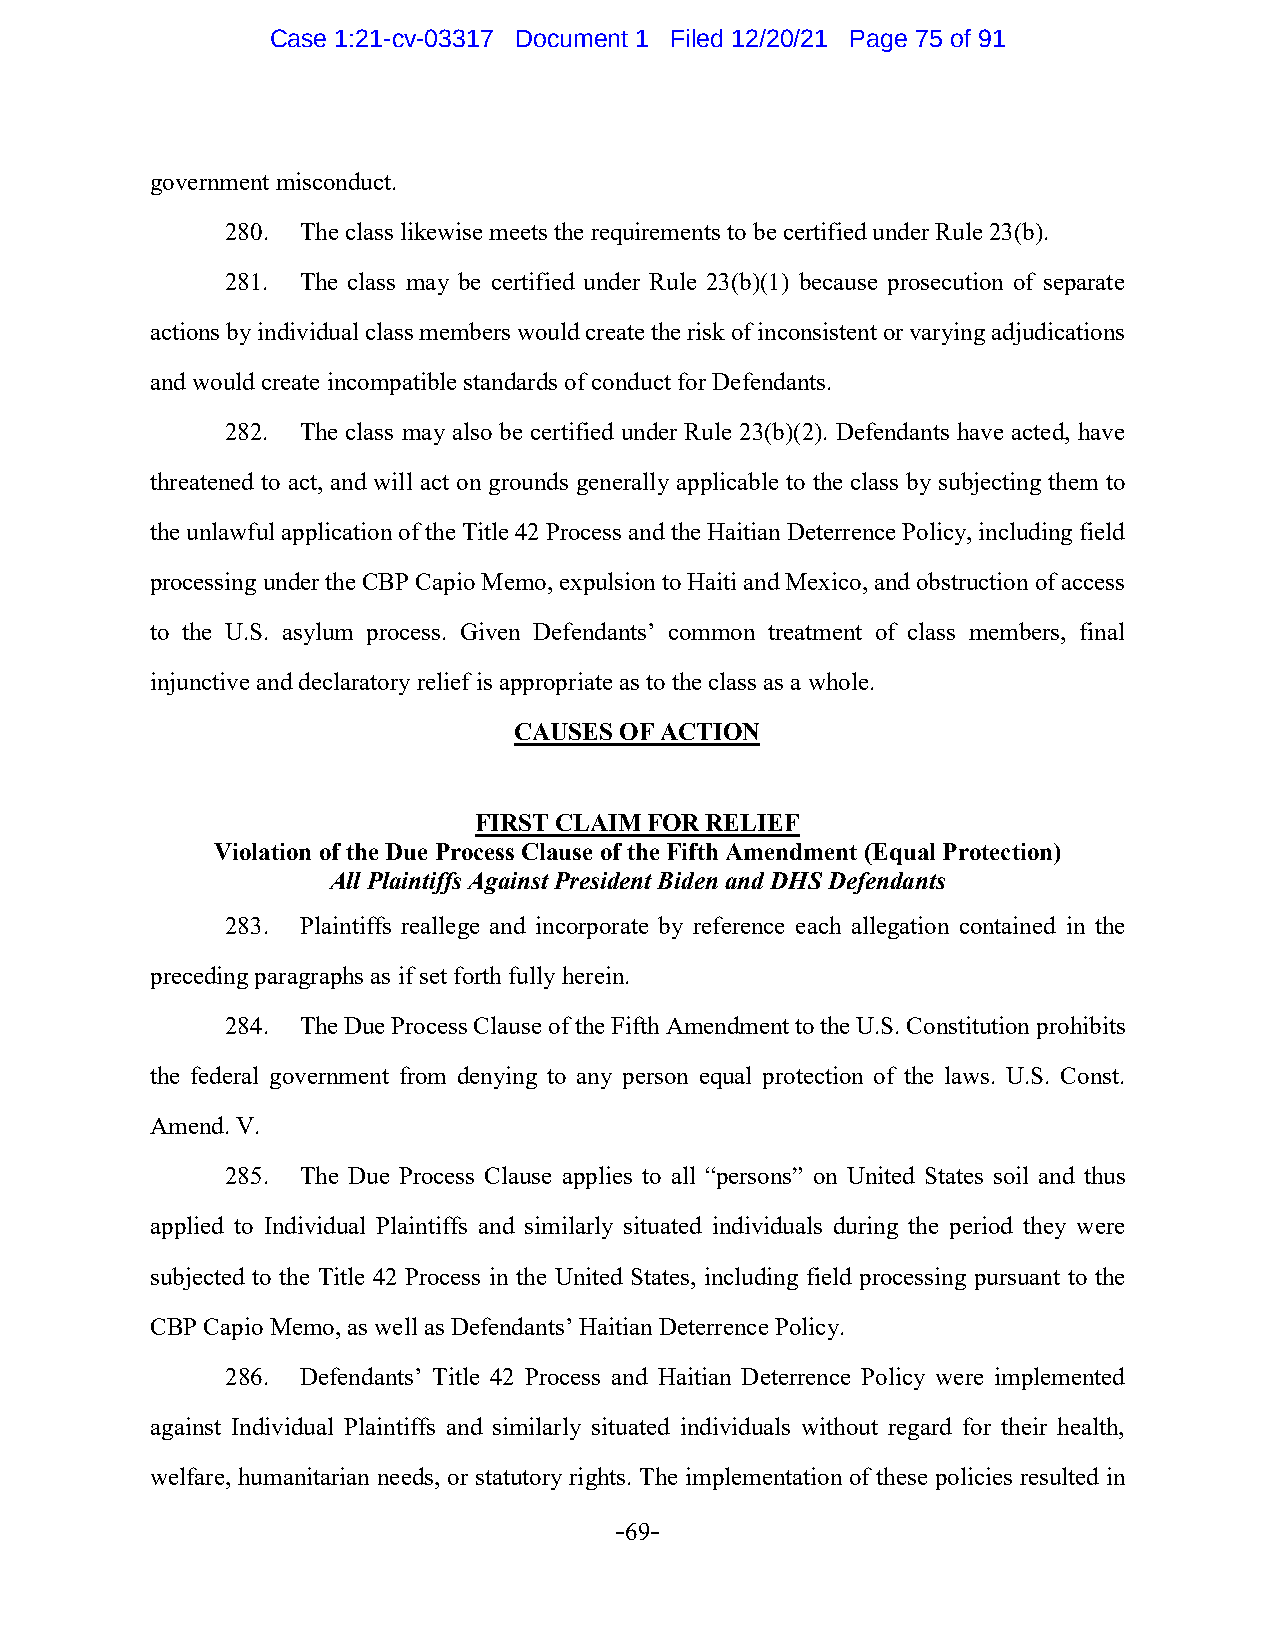
Case 1:21-cv-03317 Document 1 Filed 12/20/21 Page 75 of 91
 government misconduct.
 280. The class likewise meets the requirements to be certified under Rule 23(b).
 281. The class may be certified under Rule 23(b)(1) because prosecution of separate
 actions by individual class members would create the risk of inconsistent or varying adjudications
 and would create incompatible standards of conduct for Defendants.
 282. The class may also be certified under Rule 23(b)(2). Defendants have acted, have
 threatened to act, and will act on grounds generally applicable to the class by subjecting them to
 the unlawful application of the Title 42 Process and the Haitian Deterrence Policy, including field
 processing under the CBP Capio Memo, expulsion to Haiti and Mexico, and obstruction of access
 to the U.S. asylum process. Given Defendants’ common treatment of class members, final
 injunctive and declaratory relief is appropriate as to the class as a whole.
 CAUSES OF ACTION
 FIRST CLAIM FOR RELIEF
 Violation of the Due Process Clause of the Fifth Amendment (Equal Protection)
 All Plaintiffs Against President Biden and DHS Defendants
 283. Plaintiffs reallege and incorporate by reference each allegation contained in the
 preceding paragraphs as if set forth fully herein.
 284. The Due Process Clause of the Fifth Amendment to the U.S. Constitution prohibits
 the federal government from denying to any person equal protection of the laws. U.S. Const.
 Amend. V.
 285. The Due Process Clause applies to all “persons” on United States soil and thus
 applied to Individual Plaintiffs and similarly situated individuals during the period they were
 subjected to the Title 42 Process in the United States, including field processing pursuant to the
 CBP Capio Memo, as well as Defendants’ Haitian Deterrence Policy.
 286. Defendants’ Title 42 Process and Haitian Deterrence Policy were implemented
 against Individual Plaintiffs and similarly situated individuals without regard for their health,
 welfare, humanitarian needs, or statutory rights. The implementation of these policies resulted in
 -69-